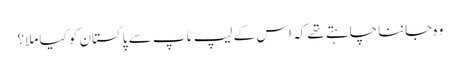
وہ جاننا چاہتے تھے کہ اس کے لیپ ٹاپ سے پاکستان کو کیا ملا؟